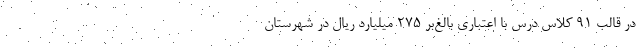
در قالب ۹۱ کلاس درس با اعتباری بالغ‌بر ۲۷۵ میلیارد ریال در شهرستان